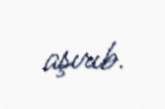
aşırıb.